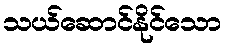
သယ်ဆောင်နိုင်သော